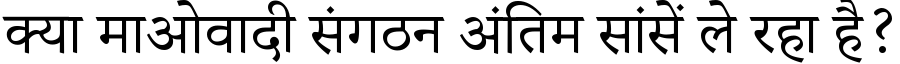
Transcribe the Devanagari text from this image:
क्या माओवादी संगठन अंतिम सांसें ले रहा है?